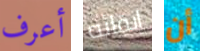
أعرف إبقائه أن